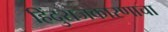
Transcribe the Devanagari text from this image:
हिंदुराजकारणाचा